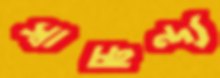
স্বাচ্ছন্দ্য